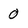
Character: 0